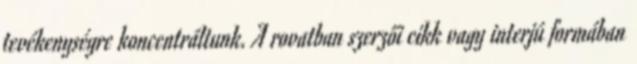
tevékenységre koncentráltunk. A rovatban szerzői cikk vagy interjú formában